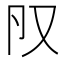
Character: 𠬨